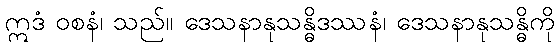
ဣဒံ ဝစနံ၊ သည်။ ဒေသနာနုသန္ဓိဒဿနံ၊ ဒေသနာနုသန္ဓိကို